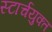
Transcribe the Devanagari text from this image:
स्टार्चयुक्त